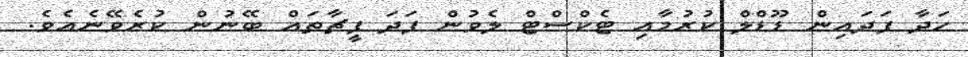
ހަދާ ފަދައިން ޑޫޑްލް ކުރުމާއި ޓެކްސްޓް ލެވުން ފަދަ ފީޗާތައް ބޭނުން ކުރެވޭނެއެވެ.